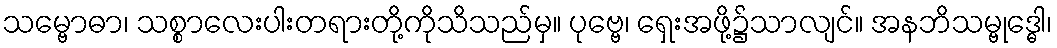
သမ္ဗောဓာ၊ သစ္စာလေးပါးတရားတို့ကိုသိသည်မှ။ ပုဗ္ဗေ၊ ရှေးအဖို့၌သာလျင်။ အနဘိသမ္ဗုဒ္ဓေါ၊